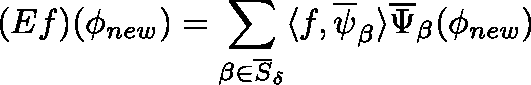
( E f ) ( \mathbf { \phi } _ { n e w } ) = \sum _ { \beta \in \overline { { S } } _ { \delta } } \langle f , \overline { { \psi } } _ { \beta } \rangle \overline { { \Psi } } _ { \beta } ( \mathbf { \phi } _ { n e w } )